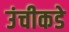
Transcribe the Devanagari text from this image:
उंचीकडे